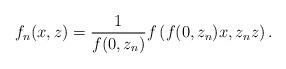
LaTeX: \begin{align*}f_n(x,z) = \frac{1}{f(0,z_n)} f\left( f(0,z_n)x, z_n z\right).\end{align*}